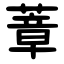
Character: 蔁